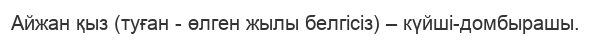
Айжан қыз (туған - өлген жылы белгісіз) – күйші-домбырашы.